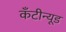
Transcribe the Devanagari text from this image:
कँटीन्यूड